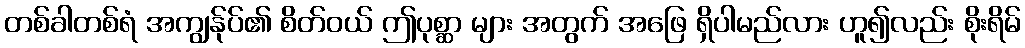
တစ်ခါတစ်ရံ အကျွန်ုပ်၏ စိတ်ဝယ် ဤပုစ္ဆာ များ အတွက် အဖြေ ရှိပါမည်လား ဟူ၍လည်း စိုးရိမ်